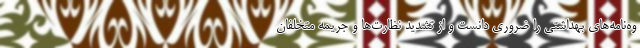
وه‌نامه‌های بهداشتی را ضروری دانست و از تشدید نظارت‌ها و جریمه متخلفان